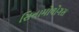
સિનામોલોગસ